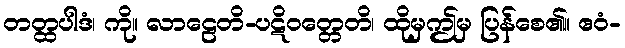
တတ္ထပါဒံ၊ ကို။ လာဠေတိ-ပဋိဝတ္တေတိ၊ ထိုမှဤမှ ပြန်စေ၏။ ဧဝံ-